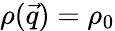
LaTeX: \rho(\vec{q})=\rho_{0}